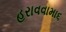
હરાવવામા૬